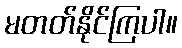
မတတ်နိုင်ကြပါ။